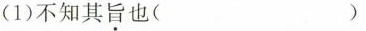
(1)不知其旨也( )